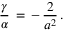
\frac { \gamma } { \alpha } \, = \, - \, \frac { 2 } { a ^ { 2 } } \, { . }